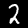
Digit: 2